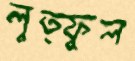
লুত্ফুল